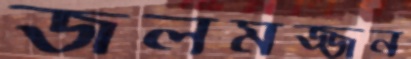
জলমজ্জন